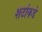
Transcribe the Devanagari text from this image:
शर्टाकडे